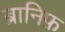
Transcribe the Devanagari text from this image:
ब्रानिफ़